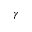
\gamma